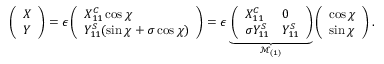
\left( \begin{array} { l } { X } \\ { Y } \end{array} \right) = \epsilon \left( \begin{array} { l } { X _ { 1 1 } ^ { C } \cos \chi } \\ { Y _ { 1 1 } ^ { S } ( \sin \chi + \sigma \cos \chi ) } \end{array} \right) = \epsilon \underbrace { \left( \begin{array} { l l } { X _ { 1 1 } ^ { C } } & { 0 } \\ { \sigma Y _ { 1 1 } ^ { S } } & { Y _ { 1 1 } ^ { S } } \end{array} \right) } _ { \mathcal { M } _ { ( 1 ) } } \left( \begin{array} { l } { \cos \chi } \\ { \sin \chi } \end{array} \right) .